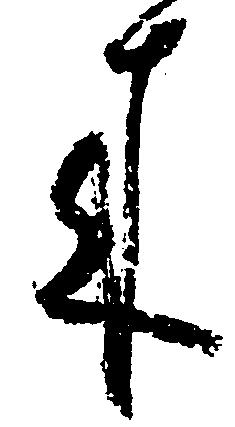
来